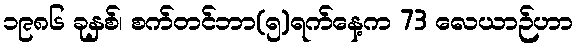
၁၉၈၆ ခုနှစ်၊ စက်တင်ဘာ(၅)ရက်နေ့က 73 လေယာဉ်ဟာ